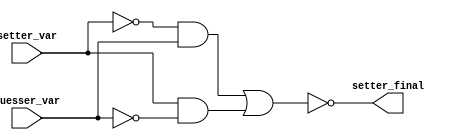
module password_setter (setter_var, guesser_var, setter_final);

    input setter_var, guesser_var;
    output setter_final;
    //NOTE: XOR bool func expression: A`.B + A.B`
    assign setter_final = ( !((!(setter_var) && guesser_var) || (setter_var && !(guesser_var))) );

endmodule